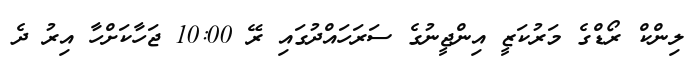
ލިންކް ރޯޑްގެ މަރުކަޒީ އިންޖީނުގެ ސަރަހައްދުގައި ރޭ 10:00 ޖަހާކަށްހާ އިރު ދެ